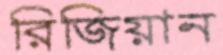
রিজিয়ান